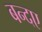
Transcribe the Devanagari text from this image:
बन्दए